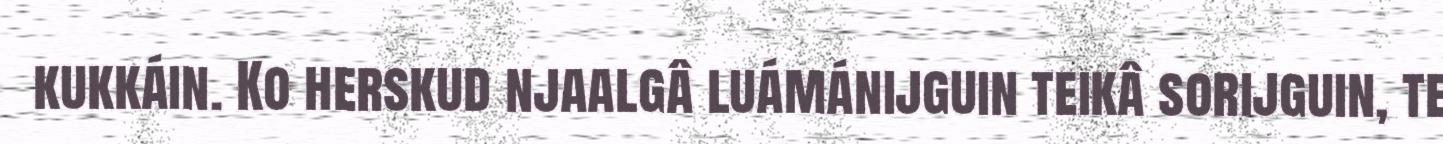
kukkáin. Ko herskud njaalgâ luámánijguin teikâ sorijguin, te